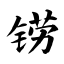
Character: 铹